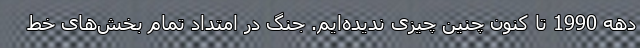
دهه 1990 تا کنون چنین چیزی ندیده‌ایم. جنگ در امتداد تمام بخش‌های خط